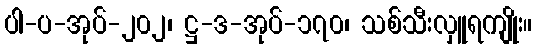
ပါ-ပ-အုပ်-၂၀၂၊ ဋ္ဌ-ဒ-အုပ်-၁၇၀၊ သစ်သီးလှူရကျိုး။